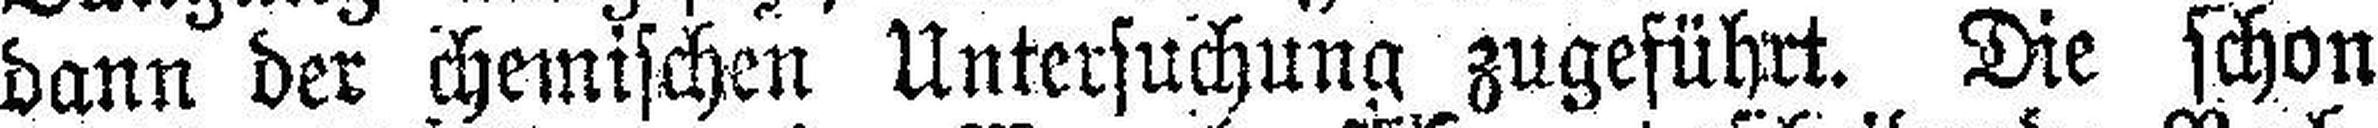
dann der chemischen Untersuchung zugeführt. Die schon